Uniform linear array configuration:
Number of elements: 64
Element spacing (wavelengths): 1
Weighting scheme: hann
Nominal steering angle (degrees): -60
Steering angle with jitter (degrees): -60.045
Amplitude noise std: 0.05
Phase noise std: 0.05

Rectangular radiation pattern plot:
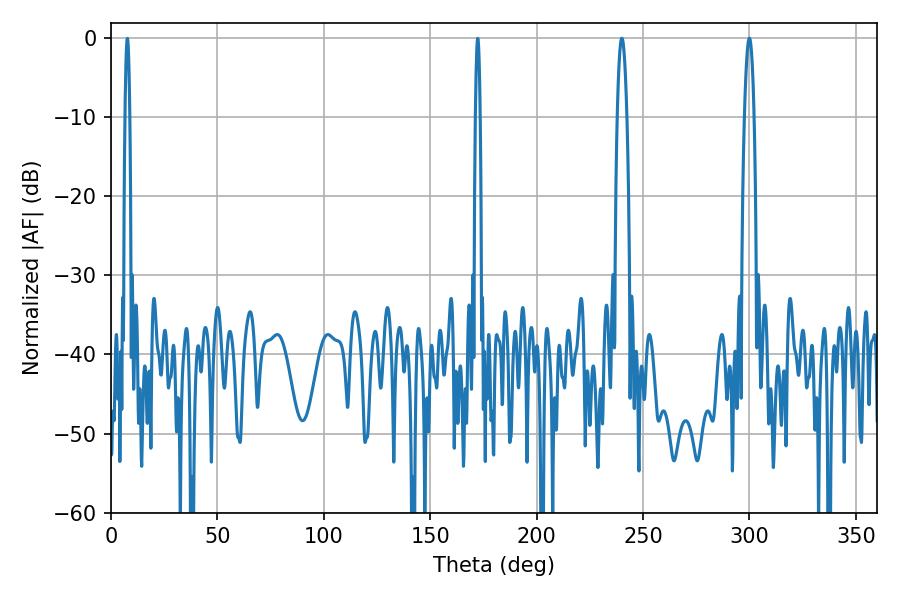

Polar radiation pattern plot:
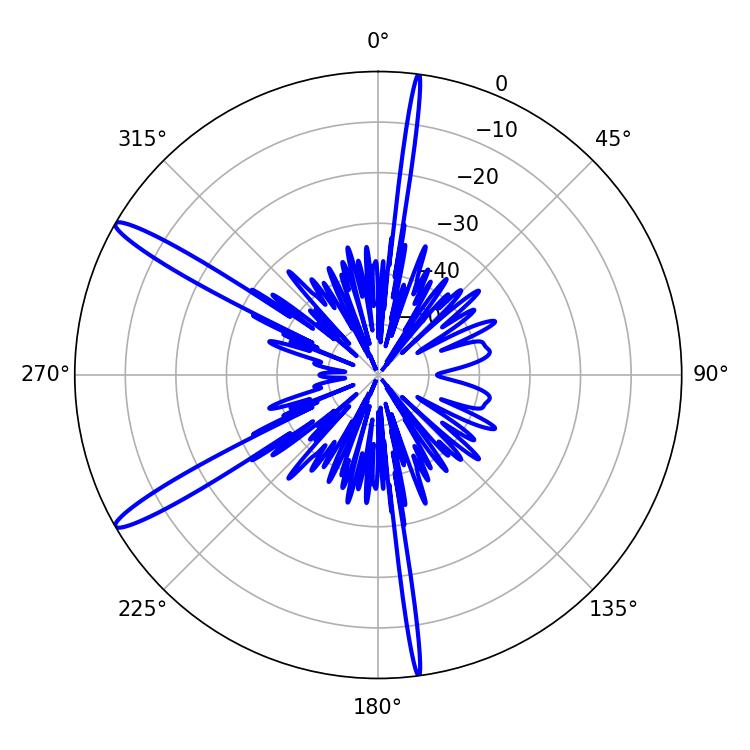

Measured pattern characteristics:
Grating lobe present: TRUE
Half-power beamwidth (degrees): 2.34
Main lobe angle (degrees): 299.88